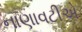
નાણાવટીએ